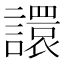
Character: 譞